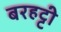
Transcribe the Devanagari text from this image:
बरहट्टी